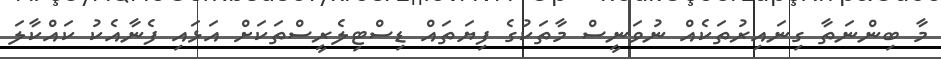
މާ ބިންނަތާ ގިނައިރުތަކެއް ނުވަނީސް މާތަކުގެ ފިޔަތައް ޑިސްޓިލެރީސްތަކަށް އަޅައި ފެނާއެކު ކައްކާލަ